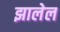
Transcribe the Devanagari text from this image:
झालेल